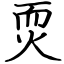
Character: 䎡